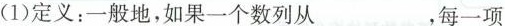
(1)定义：一般地，如果一个数列从___，每一项